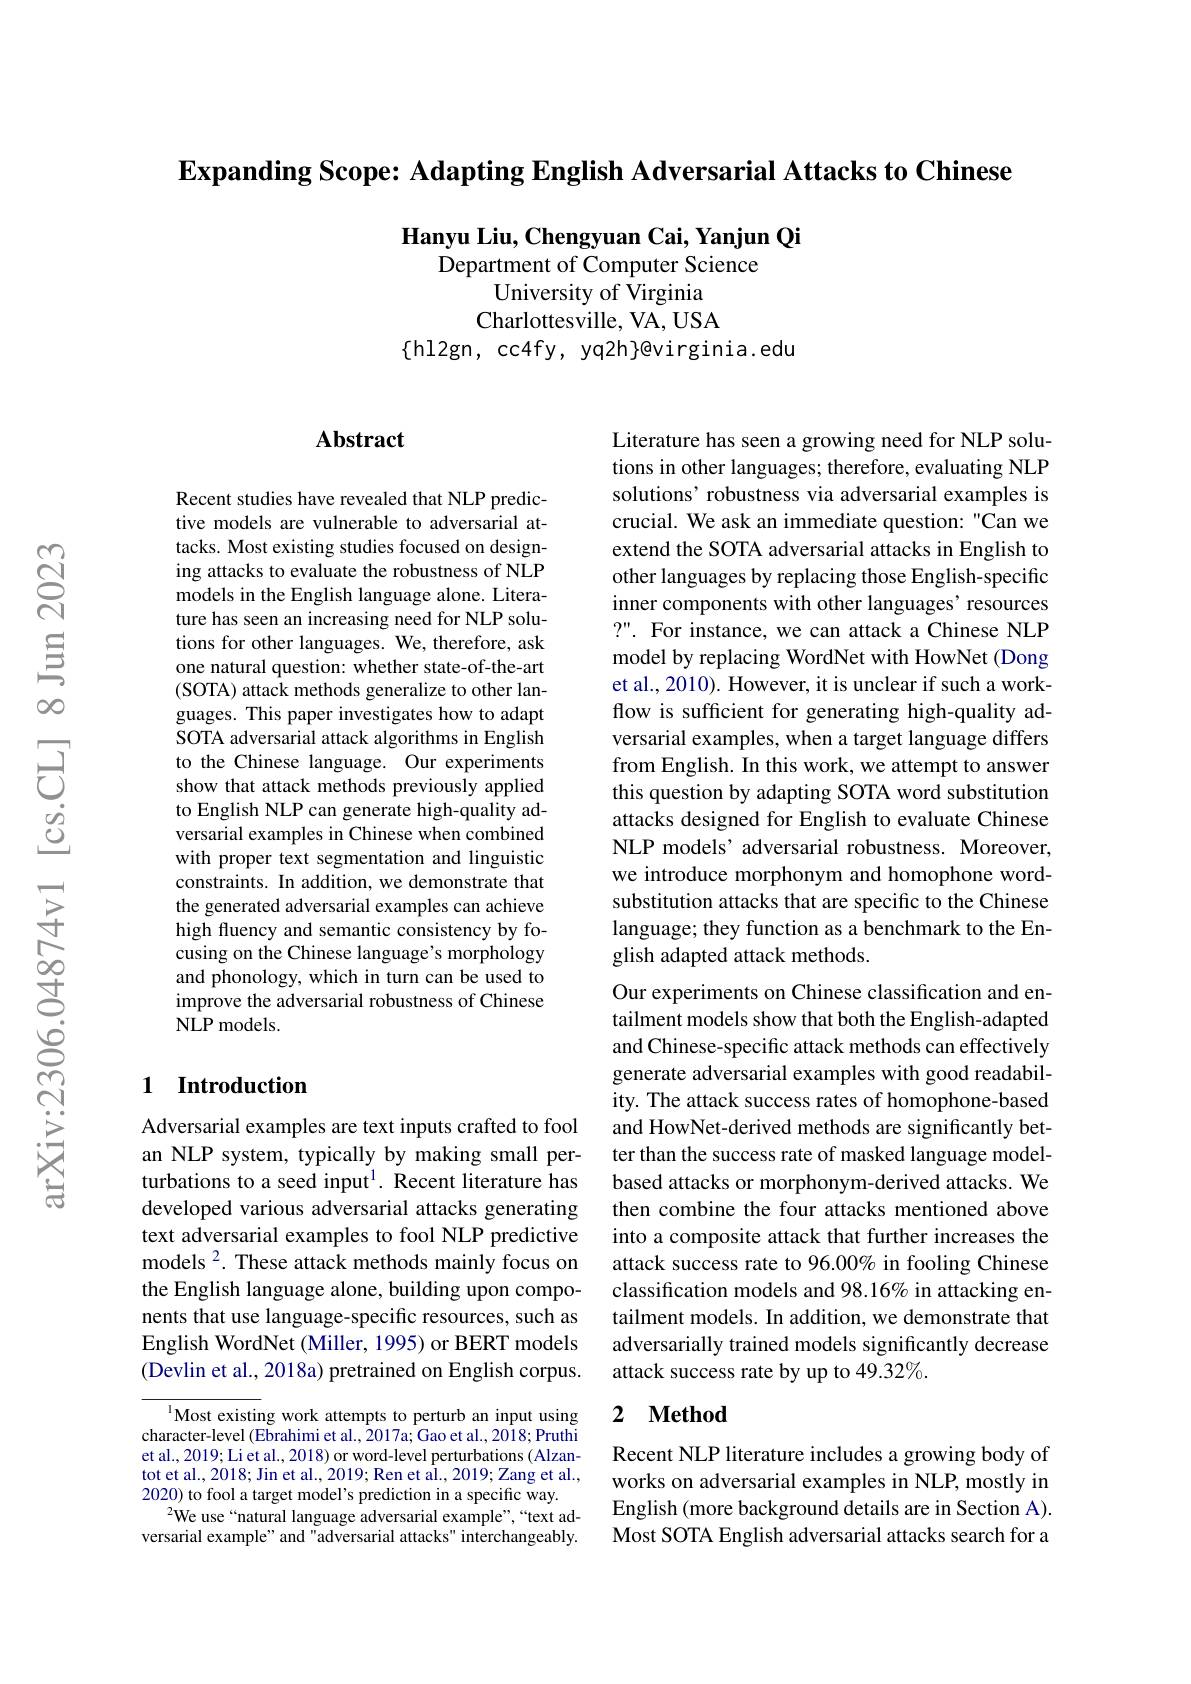
$\textbf{Expanding Scope: Adapting English Adversarial Attacks to Chinese}$

Hanyu Liu, Chengyuan Cai, Yanjun Qi
Department of Computer Science
University of Virginia Charlottesville, VA, USA
$\{$hl2gn, cc4fy, yq2h}@virginia.edu

### $\mathbf{Abstract}$

Recent studies have revealed that NLP predictive models are vulnerable to adversarial attacks. Most existing studies focused on designing attacks to evaluate the robustness of NLP models in the English language alone. Literature has seen an increasing need for NLP solutions for other languages. We, therefore, ask one natural question: whether state-of-the-art (SOTA) attack methods generalize to other languages. This paper investigates how to adapt SOTA adversarial attack algorithms in English to the Chinese language. Our experiments show that attack methods previously applied to English NLP can generate high-quality adversarial examples in Chinese when combined with proper text segmentation and linguistic constraints. In addition, we demonstrate that the generated adversarial examples can achieve high fluency and semantic consistency by focusing on the Chinese language's morphology and phonology, which in turn can be used to improve the adversarial robustness of Chinese NLP models.

## 1 Introduction

Adversarial examples are text inputs crafted to fool an NLP system, typically by making small perturbations to a seed input$^1.$ Recent literature has developed various adversarial attacks generating text adversarial examples to fool NLP predictive models $^2.$ These attack methods mainly focus on the English language alone, building upon components that use language-specific resources, such as English WordNet (Miller, 1995) or BERT models (Devlin et al., 2018a) pretrained on English corpus.

$^{1}$Most existing work attempts to perturb an input using character-level (Ebrahimi et al., 2017a; Gao et al., 2018; Pruthi et al., 2019; Li et al., 2018) or word-level perturbations ( Alzantot et al., 2018; Jin et al., 2019; Ren et al., 2019; Zang et al., 2020) to fool a target model's prediction in a specific way.
$^{2}$We use“natural language adversarial example”,“text adversarial example" and "adversarial attacks" interchangeably.

Literature has seen a growing need for NLP solutions in other languages; therefore, evaluating NLP solutions' robustness via adversarial examples is crucial. We ask an immediate question: "Can we extend the SOTA adversarial attacks in English to other languages by replacing those English-specific inner components with other languages' resources ?". For instance, we can attack a Chinese NLP model by replacing WordNet with HowNet (Dong et al., 2010). However, it is unclear if such a workflow is sufficient for generating high-quality adversarial examples, when a target language differs from English. In this work, we attempt to answer this question by adapting SOTA word substitution attacks designed for English to evaluate Chinese NLP models’ adversarial robustness. Moreover, we introduce morphonym and homophone wordsubstitution attacks that are specific to the Chinese language; they function as a benchmark to the English adapted attack methods.
Our experiments on Chinese classification and entailment models show that both the English-adapted and Chinese-specific attack methods can effectively generate adversarial examples with good readability. The attack success rates of homophone-based and HowNet-derived methods are significantly better than the success rate of masked language modelbased attacks or morphonym-derived attacks. We then combine the four attacks mentioned above into a composite attack that further increases the attack success rate to 96.00% in fooling Chinese classification models and 98.16% in attacking entailment models. In addition, we demonstrate that adversarially trained models significantly decrease attack success rate by up to 49.32%.

## 2 $\textbf{Method}$

Recent NLP literature includes a growing body of works on adversarial examples in NLP, mostly in English (more background details are in Section A). Most SOTA English adversarial attacks search for a